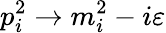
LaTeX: p_{i}^{2}\rightarrow m_{i}^{2}-i\varepsilon